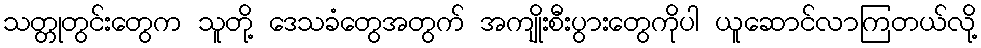
သတ္တုတွင်းတွေက သူတို့ ဒေသခံတွေအတွက် အကျိုးစီးပွားတွေကိုပါ ယူဆောင်လာကြတယ်လို့